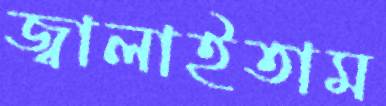
জ্বালাইতাম